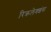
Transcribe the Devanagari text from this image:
रिक्रलेक्शंस